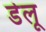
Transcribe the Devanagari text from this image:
डेलू